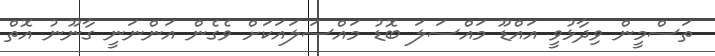
ތަސްމީން ވިދާޅުވީ އައްޑޫ މައްސަލަ ބޮޑު މައްސަލައަކަށް ވެގެން އަންނަނީ ގާނޫނު އޮތް